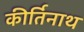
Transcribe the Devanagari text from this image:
कीर्तिनाथ